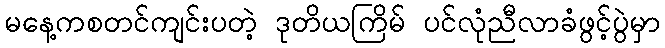
မနေ့ကစတင်ကျင်းပတဲ့ ဒုတိယကြိမ် ပင်လုံညီလာခံဖွင့်ပွဲမှာ